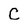
Character: C